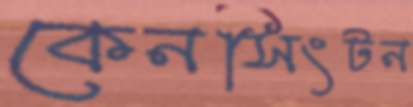
কেনসিংটন